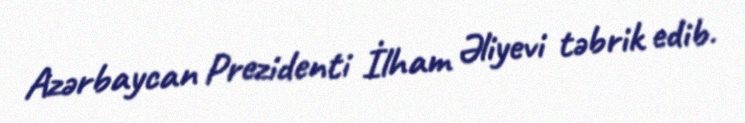
Azərbaycan Prezidenti İlham Əliyevi təbrik edib.